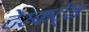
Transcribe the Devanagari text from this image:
देस्कर्ट्स